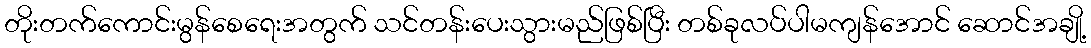
တိုးတက်ကောင်းမွန်စေရေးအတွက် သင်တန်းပေးသွားမည်ဖြစ်ပြီး တစ်ခုလပ်ပါမကျန်အောင် ဆောင်အချို့